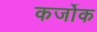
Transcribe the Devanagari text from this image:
कर्जोक